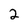
Character: 2